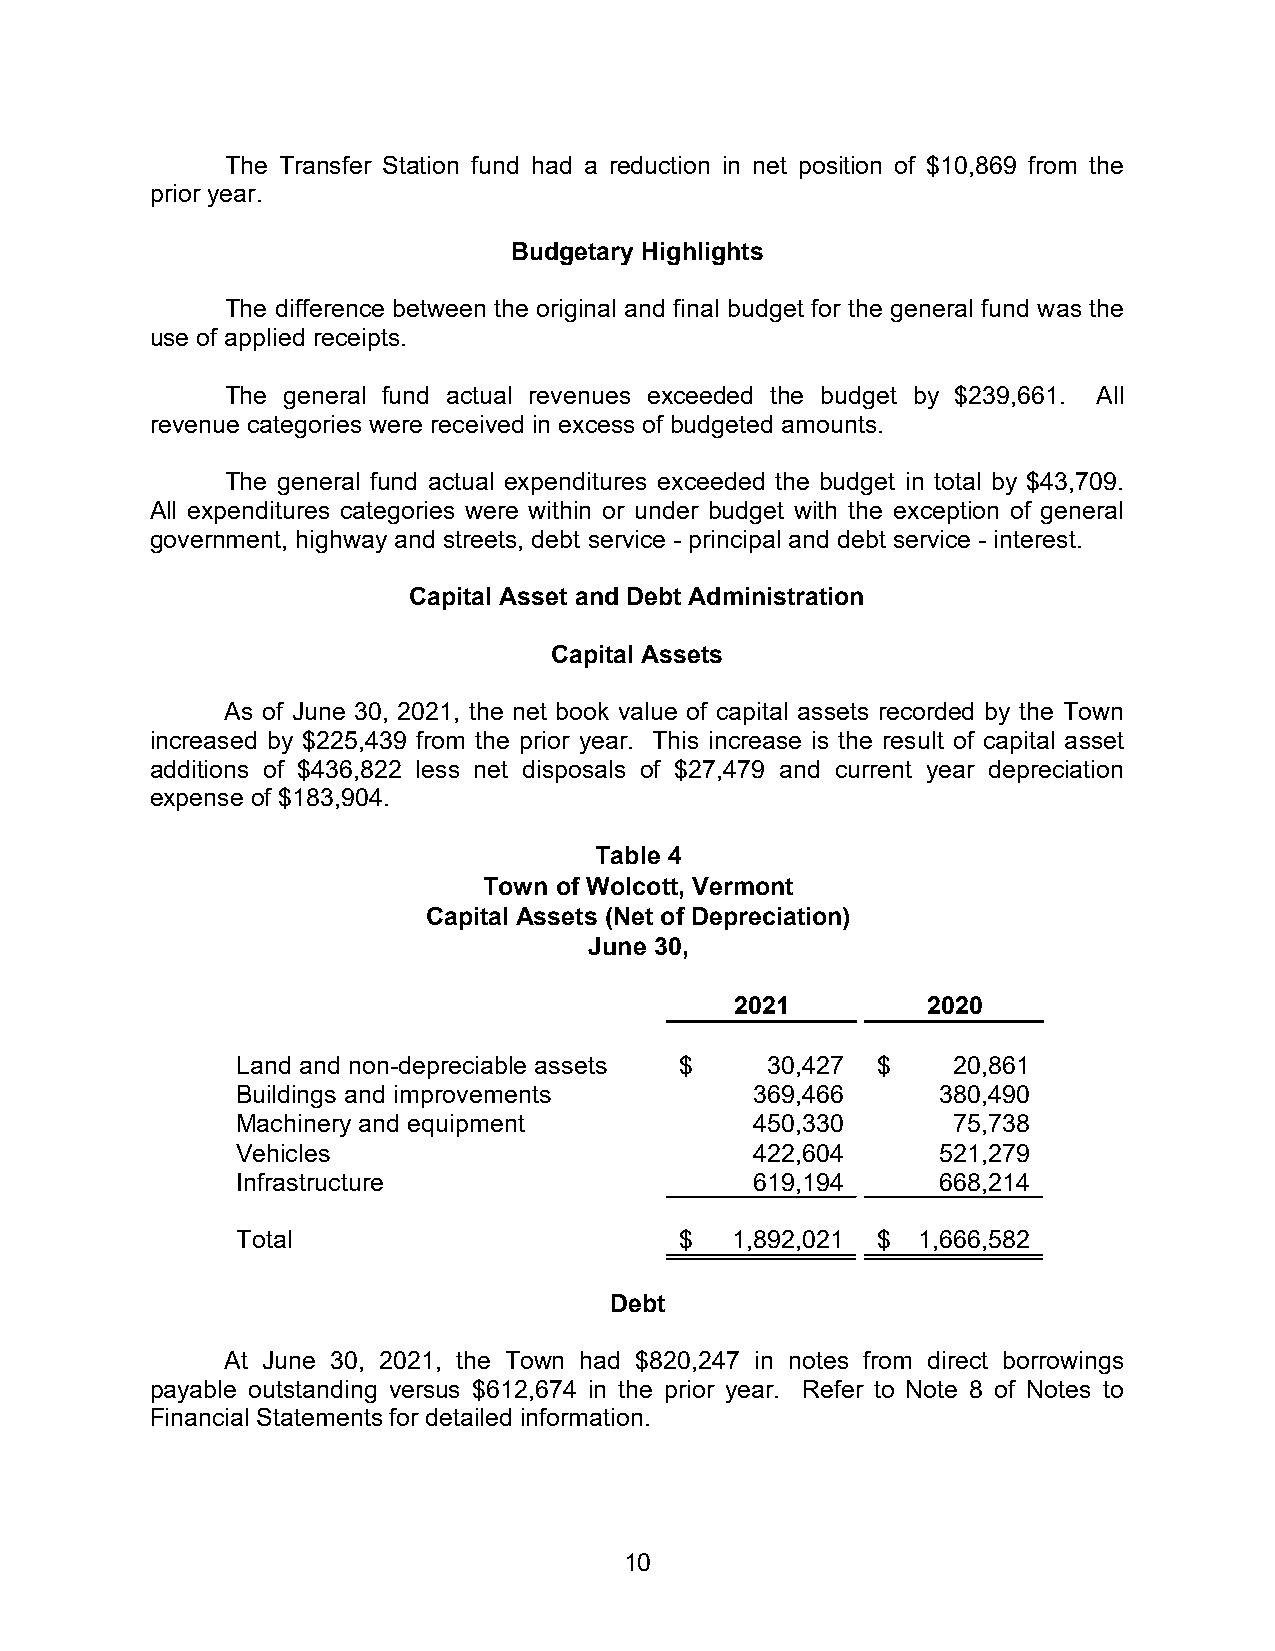
The Transfer Station fund had a reduction in net position of $10,869 from the
 prior year.
 Budgetary Highlights
 The difference between the original and final budget for the general fund was the
 use of applied receipts.
 The general fund actual revenues exceeded the budget by $239,661. All
 revenue categories were received in excess of budgeted amounts.
 The general fund actual expenditures exceeded the budget in total by $43,709.
 All expenditures categories were within or under budget with the exception of general
 government, highway and streets, debt service - principal and debt service - interest.
 Capital Asset and Debt Administration
 Capital Assets
 As of June 30, 2021, the net book value of capital assets recorded by the Town
 increased by $225,439 from the prior year. This increase is the result of capital asset
 additions of $436,822 less net disposals of $27,479 and current year depreciation
 expense of $183,904.
 Table 4
 Town of Wolcott, Vermont
 Capital Assets (Net of Depreciation)
 June 30,
 2021        2020
 Land and non-depreciable assets $  30,427 $    2 0,861
 Buildings and improvements        369,466     3 80,490
 Machinery and equipment           450,330      7 5,738
 Vehicles                          422,604     5 21,279
 Infrastructure                    619,194     6 68,214
 Total                        $  1,892,021 $  1 ,666,582
 Debt
 At June 30, 2021, the Town had $820,247 in notes from direct borrowings
 payable outstanding versus $612,674 in the prior year. Refer to Note 8 of Notes to
 Financial Statements for detailed information.
 10